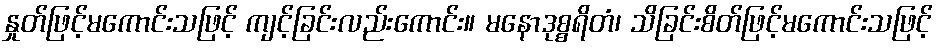
နှုတ်ဖြင့်မကောင်းသဖြင့် ကျင့်ခြင်းလည်းကောင်း။ မနောဒုစ္စရိတံ၊ သိခြင်းစိတ်ဖြင့်မကောင်းသဖြင့်